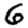
Digit: 6